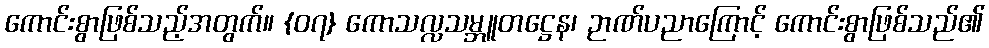
ကောင်းစွာဖြစ်သည့်အတွက်။ {၀၇} ကောသလ္လသမ္ဘူတဋ္ဌေန၊ ဉာဏ်ပညာကြောင့် ကောင်းစွာဖြစ်သည်၏